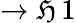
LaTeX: \to\mathfrak{H}\, 1